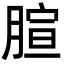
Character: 𦝻